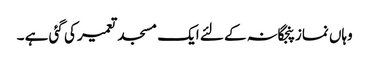
وہاں نمازپنجگانہ کے لئے ایک مسجد تعمیر کی گئی ہے ۔